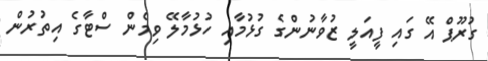
ގުރޫޕް އޭ ގައި ފީއަލީ ޒުވާނުންގެ ގުޅުމާއި ހުޅުމާލޭ ވިމެން ސްޓާގެ އިތުރުން